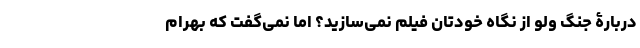
دربارۀ جنگ ولو از نگاه خودتان فیلم نمی‌سازید؟ اما نمی‌گفت که بهرام